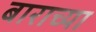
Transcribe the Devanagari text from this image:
बाराच्या